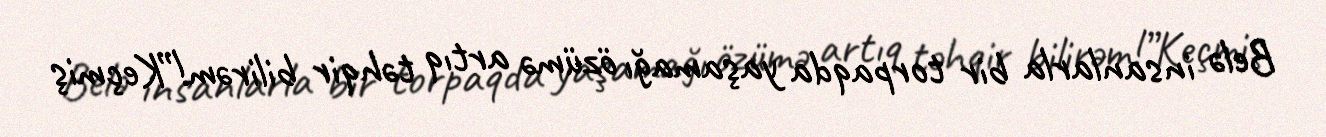
Belə insanlarla bir torpaqda yaşamağı özümə artıq təhqir bilirəm!”Keçmiş